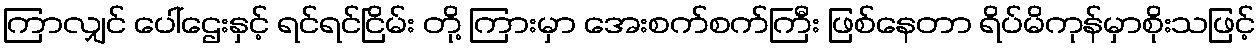
ကြာလျှင် ပေါ်ဌေးနှင့် ရင်ရင်ငြိမ်း တို့ ကြားမှာ အေးစက်စက်ကြီး ဖြစ်နေတာ ရိပ်မိကုန်မှာစိုးသဖြင့်